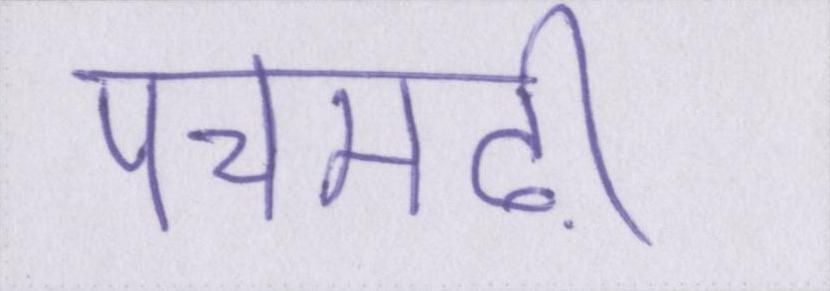
पचमढ़ी